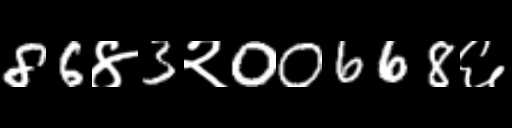
Text: 86४3२00668६